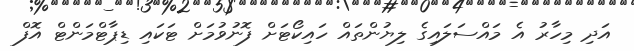
އަދި މިހާރު އެ މައްސަލައިގެ ލިޔުންތައް ހައިކޯޓަށް ފޮނުވުމަށް ޓަކައި ޑިޕާޓްމަންޓް އޮފް